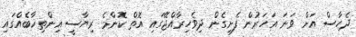
ދެހާސް އަށް ވަނަ އަހަރުން ފެށިގެން ދިވެހިރާއްޖޭގައި އޮތް ކޮންމެ ރިޔާސީ އިންތިޚާބެއްގައި